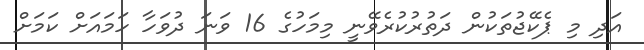
އަދި މި ޕެކޭޖުތަކުން ދަތުރުކުރެވޭނީ މިމަހުގެ 16 ވަނަ ދުވަހާ ހަމައަށް ކަމަށް